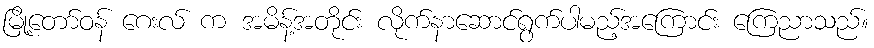
မြို့တော်ဝန် ဂေးလ် က အမိန့်အတိုင်း လိုက်နာဆောင်ရွက်ပါမည့်အကြောင်း ကြေညာသည်။